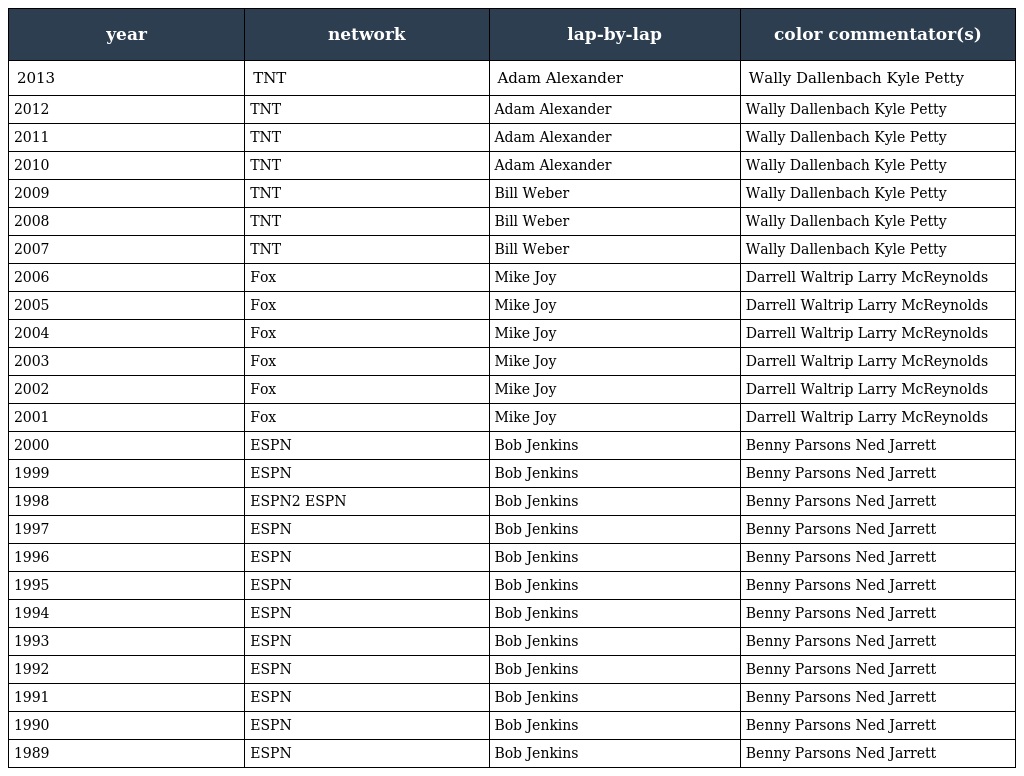
| year | network | lap-by-lap | color commentator(s) |
 | --- | --- | --- | --- |
 | 2013 | TNT | Adam Alexander | Wally Dallenbach Kyle Petty |
 | 2012 | TNT | Adam Alexander | Wally Dallenbach Kyle Petty |
 | 2011 | TNT | Adam Alexander | Wally Dallenbach Kyle Petty |
 | 2010 | TNT | Adam Alexander | Wally Dallenbach Kyle Petty |
 | 2009 | TNT | Bill Weber | Wally Dallenbach Kyle Petty |
 | 2008 | TNT | Bill Weber | Wally Dallenbach Kyle Petty |
 | 2007 | TNT | Bill Weber | Wally Dallenbach Kyle Petty |
 | 2006 | Fox | Mike Joy | Darrell Waltrip Larry McReynolds |
 | 2005 | Fox | Mike Joy | Darrell Waltrip Larry McReynolds |
 | 2004 | Fox | Mike Joy | Darrell Waltrip Larry McReynolds |
 | 2003 | Fox | Mike Joy | Darrell Waltrip Larry McReynolds |
 | 2002 | Fox | Mike Joy | Darrell Waltrip Larry McReynolds |
 | 2001 | Fox | Mike Joy | Darrell Waltrip Larry McReynolds |
 | 2000 | ESPN | Bob Jenkins | Benny Parsons Ned Jarrett |
 | 1999 | ESPN | Bob Jenkins | Benny Parsons Ned Jarrett |
 | 1998 | ESPN2 ESPN | Bob Jenkins | Benny Parsons Ned Jarrett |
 | 1997 | ESPN | Bob Jenkins | Benny Parsons Ned Jarrett |
 | 1996 | ESPN | Bob Jenkins | Benny Parsons Ned Jarrett |
 | 1995 | ESPN | Bob Jenkins | Benny Parsons Ned Jarrett |
 | 1994 | ESPN | Bob Jenkins | Benny Parsons Ned Jarrett |
 | 1993 | ESPN | Bob Jenkins | Benny Parsons Ned Jarrett |
 | 1992 | ESPN | Bob Jenkins | Benny Parsons Ned Jarrett |
 | 1991 | ESPN | Bob Jenkins | Benny Parsons Ned Jarrett |
 | 1990 | ESPN | Bob Jenkins | Benny Parsons Ned Jarrett |
 | 1989 | ESPN | Bob Jenkins | Benny Parsons Ned Jarrett |